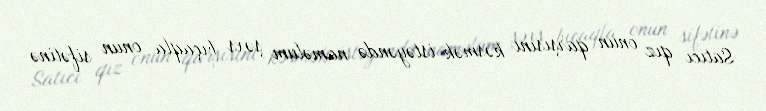
Satıcı qız onun qarşısını kəsmək istəyəndə naməlum şəxs bıçaqla onun sifətinə